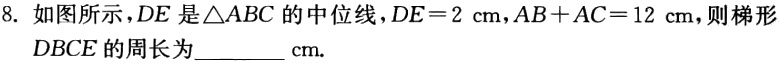
8. 如图所示，$DE$是$\triangle ABC$的中位线，$DE = 2\mathrm{cm}$，$AB + AC = 12\mathrm{cm}$，则梯形$DBCE$的周长为________$\mathrm{cm}$.